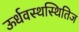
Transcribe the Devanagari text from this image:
ऊर्धवस्थस्थितिज